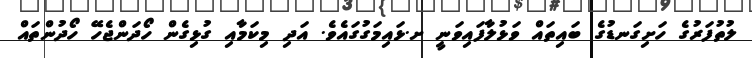
ލުތުފަރުގެ ހަށިގަނޑުގެ ބައިތައް ވަޅުލާފައިވަނީ ށ.ޅައިމަގުގައެވެ. އަދި މިކަމާއި ގުޅިގެން ހޯދަންޖެހޭ ހޯދުންތައް